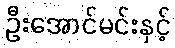
ဦးအောင်မင်းနှင့်